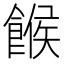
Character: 餱